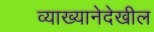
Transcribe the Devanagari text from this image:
व्याख्यानेदेखील